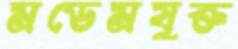
মডেমযুক্ত